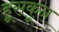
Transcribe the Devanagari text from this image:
हूसकून